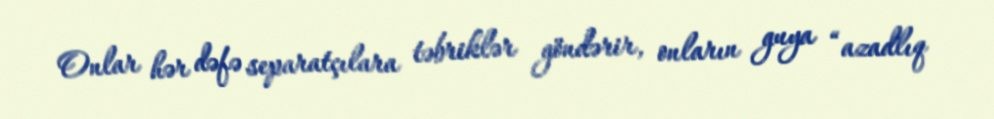
Onlar hər dəfə separatçılara təbriklər göndərir, onların guya “azadlıq